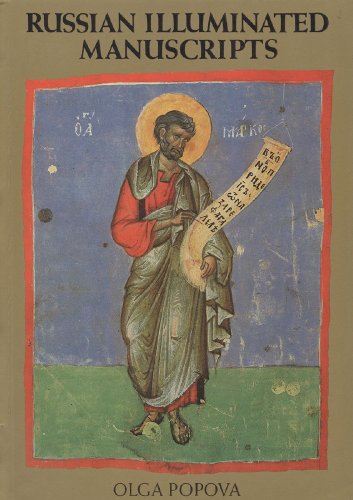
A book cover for Russian Illuminated Manuscripts; Olga Popova; Arts & Photography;